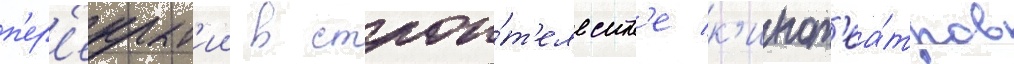
п'ер'екрыт'ии в строи́т'ельств'е к'инот'еа́тров